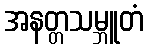
အနတ္တသမ္ဘူတံ